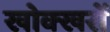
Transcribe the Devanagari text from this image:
खोक्खरों